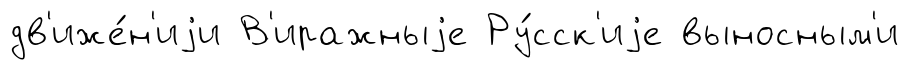
дв'иже́н'иjи В'иражныjе Ру́сск'иjе выносным'и